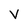
Character: V